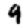
Digit: 9